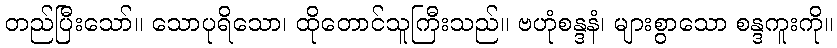
တည်ပြီးသော်။ သောပုရိသော၊ ထိုတောင်သူကြီးသည်။ ဗဟုံစန္ဒနံ၊ များစွာသော စန္ဒကူးကို။